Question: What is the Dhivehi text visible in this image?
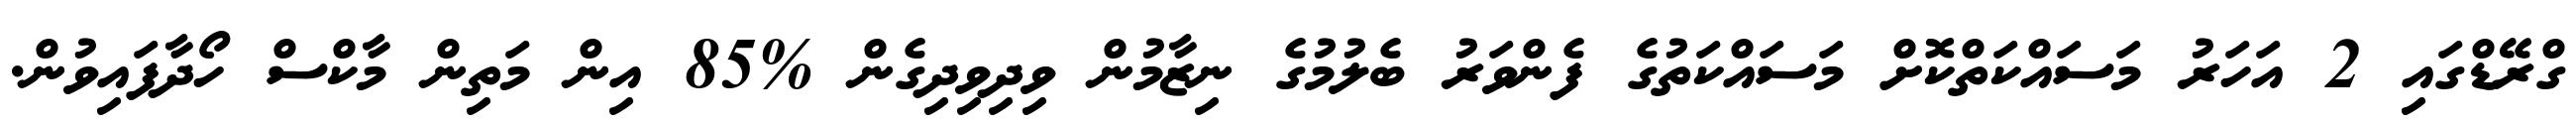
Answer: ގްރޭޑްގައި 2 އަހަރު މަސައްކަތްކޮށް މަސައްކަތުގެ ފެންވަރު ބެލުމުގެ ނިޒާމުން ވިދިވިދިގެން %85 އިން މަތިން މާކްސް ހޯދާފައިވުން.